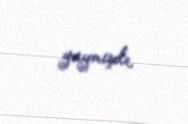
yaymışdı.